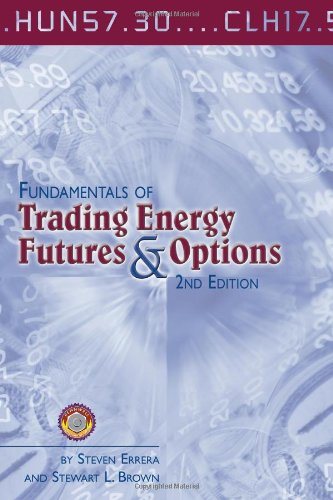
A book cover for Fundamentals of Trading Energy Futures and Options; Steven Errera; Business & Money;